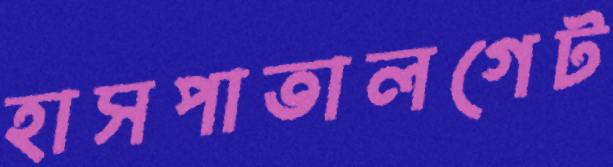
হাসপাতালগেট